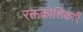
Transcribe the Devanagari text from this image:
रक्तकोशिकाएँ